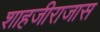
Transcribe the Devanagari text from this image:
शाहजीराजास